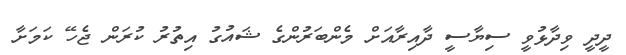
ދީދީ ވިދާޅުވީ ސިޔާސީ ދާއިރާއަށް މެންބަރުންގެ ޝައުގު އިތުރު ކުރަން ޖެހޭ ކަމަށާ